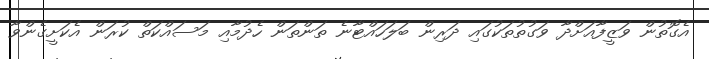
އެގޮތުން ވަޒީފާއަށްދާ ވަގުތުތަކުގައި ދަރިން ބަލަހައްޓާނެ ތަންތަން ހެދުމާއި މަސައްކަތް ކުރަން އެކަށީގެންވާ